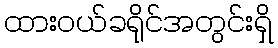
ထားဝယ်ခရိုင်အတွင်းရှိ